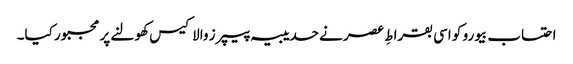
احتساب بیورو کو اسی بقراطِ عصر نے حدیبیہ پیپرز والا کیس کھولنے پر مجبور کیا۔